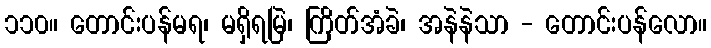
၁၁၀။ တောင်းပန်မရ၊ မရှိရမြဲ၊ ကြိတ်အံခဲ၊ အနဲနဲသာ - တောင်းပန်လော။